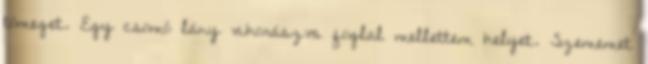
tömeget. Egy csomó lány vihorászva foglal mellettem helyet. Szememet